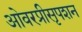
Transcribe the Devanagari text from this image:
ओवरप्रीसृपशन